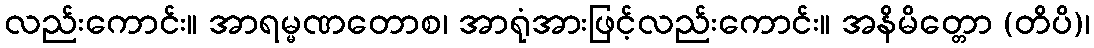
လည်းကောင်း။ အာရမ္မဏတောစ၊ အာရုံအားဖြင့်လည်းကောင်း။ အနိမိတ္တော (တိပိ)၊